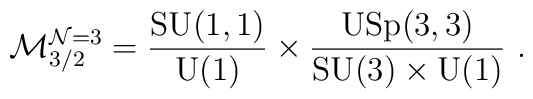
\mathcal{M}^{\mathcal{N}=3}_{3/2}=   \frac{\mathrm{SU}(1,1)}{\mathrm{U}(1)}\times   \frac{\mathrm{USp}(3,3)}{\mathrm{SU}(3) \times \mathrm{U}(1)}~.